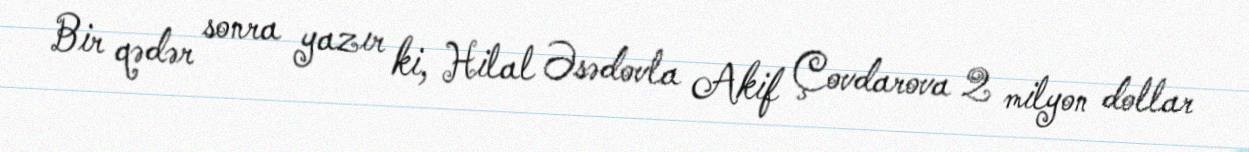
Bir qədər sonra yazır ki, Hilal Əsədovla Akif Çovdarova 2 milyon dollar